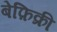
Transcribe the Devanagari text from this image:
बेफ़िक्री